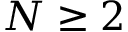
N \ge 2